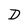
Character: D